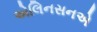
એલિનસનએ